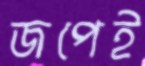
জপেই